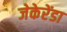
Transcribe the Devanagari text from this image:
जेकेरेंडा